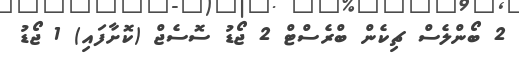
2 ބޯންލެސް ޗިކެން ބްރެސްޓް 2 ޖޯޑު ސޮސެޖް (ކޮށާފައި) 1 ޖޯޑު